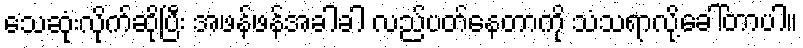
သေဆုံးလိုက်ဆိုပြီး အဖန်ဖန်အခါခါ လည်ပတ်နေတာကို သံသရာလို့ခေါ်တာပါ။